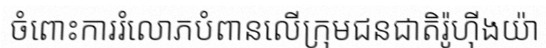
ចំពោះការរំលោភបំពានលើក្រុមជនជាតិរ៉ូហ៊ីងយ៉ា